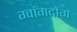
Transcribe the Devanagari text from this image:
ग्वांगदोंग